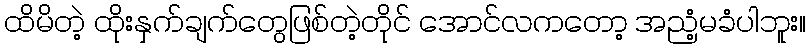
ထိမိတဲ့ ထိုးနှက်ချက်တွေဖြစ်တဲ့တိုင် အောင်လကတော့ အညံ့မခံပါဘူး။